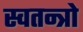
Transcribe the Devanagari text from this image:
स्वतन्त्रो